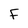
Character: F